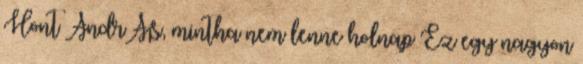
Hont AndrÃ¡s, mintha nem lenne holnap Ez egy nagyon